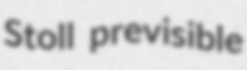
Stoll previsible